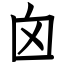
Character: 囟